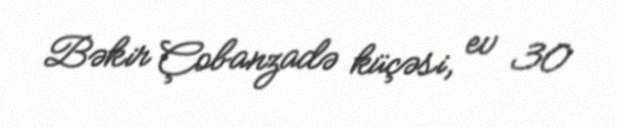
Bəkir Çobanzadə küçəsi, ev 30